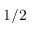
1 / 2